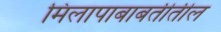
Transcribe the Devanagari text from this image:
मिलापाबाबतीतील